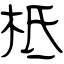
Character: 柢